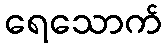
ရေသောက်